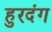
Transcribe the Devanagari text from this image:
हुरदंग